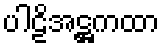
ပါဠိအဋ္ဌကထာ